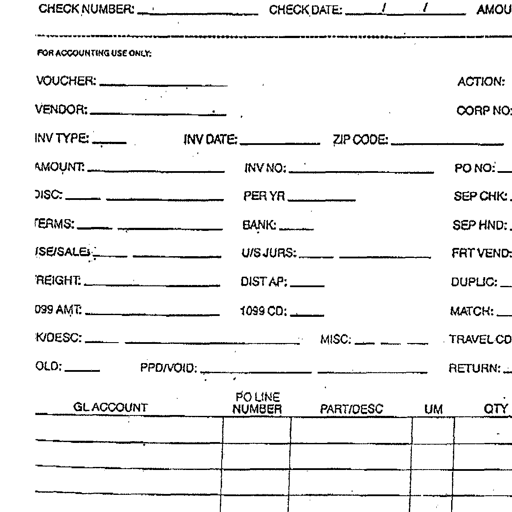
CHECK NUMBER: _ CHECK DATE: _/_/_ AMOU
FOR ACCOUNTING USE ONLY:
VOUCHER: ____________________ ACTION:
VENDOR: ____________________ CORP NO:
INV TYPE: ___ INV DATE: ___________ ZIP CODE: ________________
AMOUNT: ____________________ INV NO: ____________________ PO NO: ___
DISC: ____________________ PER YR: ___________ SEP CHK:
TERMS: ____________________ BANK: _______ SEP HND:
USE/SALES: ____________________ U/S JURS: ____________________ FRT VEND:
FREIGHT: ____________________ DIST AP: _______ DUPLIC: ___
1099 AMT: ____________________ 1099 CD: _______ MATCH: ___
BK/DESC: ___________________________________ MISC: ___ ___ ___ TRAVEL CD:
HOLD: ___ PPD/VOID: ___________________________________ RETURN: ___
GL ACCOUNT PO LINE NUMBER PART/DESC UM QTY